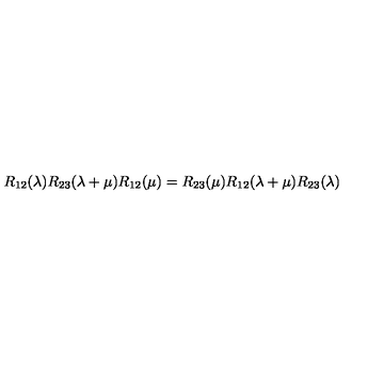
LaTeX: R _ { 1 2 } ( \lambda ) R _ { 2 3 } ( \lambda + \mu ) R _ { 1 2 } ( \mu ) = R _ { 2 3 } ( \mu ) R _ { 1 2 } ( \lambda + \mu ) R _ { 2 3 } ( \lambda )